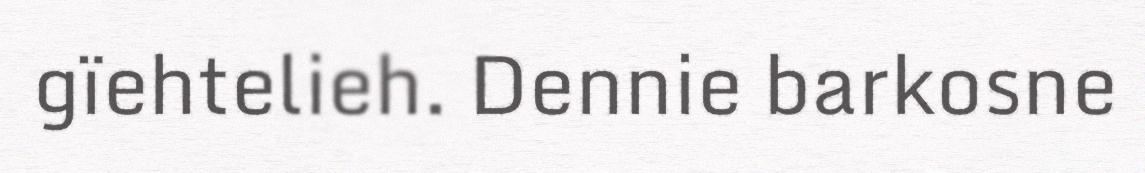
gïehtelieh. Dennie barkosne